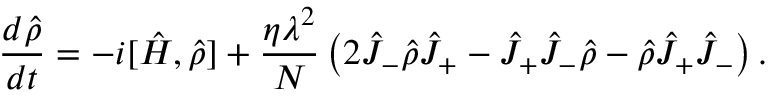
\frac { d \hat { \rho } } { d t } = - i [ \hat { H } , \hat { \rho } ] + \frac { \eta \lambda ^ { 2 } } { N } \left( 2 \hat { J } _ { - } \hat { \rho } \hat { J } _ { + } - \hat { J } _ { + } \hat { J } _ { - } \hat { \rho } - \hat { \rho } \hat { J } _ { + } \hat { J } _ { - } \right) .